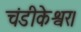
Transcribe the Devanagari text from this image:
चंडीकेश्वर।